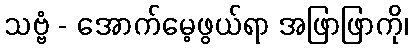
သဗ္ဗံ - အောက်မေ့ဖွယ်ရာ အဖြာဖြာကို၊